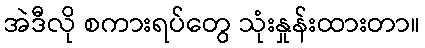
အဲဒီလို စကားရပ်တွေ သုံးနှုန်းထားတာ။